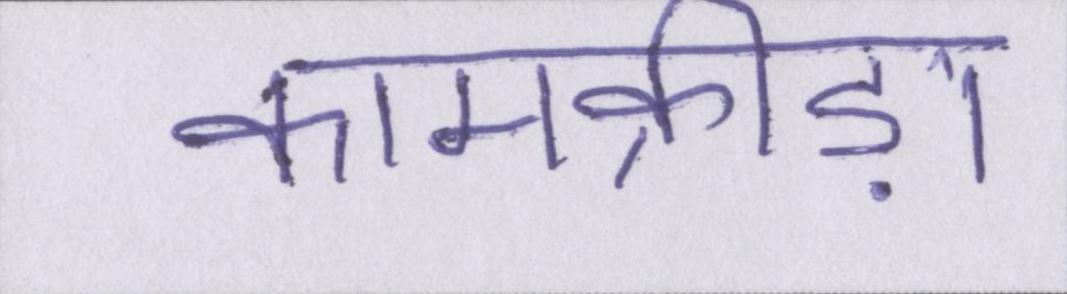
कामक्रीड़ा